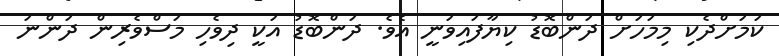
ކަމަށްދެކި މިމަހަށް ދަންބޮޑު ކިޔާފައިވަނީ އެވެ. ދަންބޮޑު އަކީ ދިވެހި މަސްވެރިން ދަންނަ